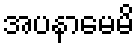
အပနာမေမိ